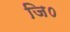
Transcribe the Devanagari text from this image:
जि०